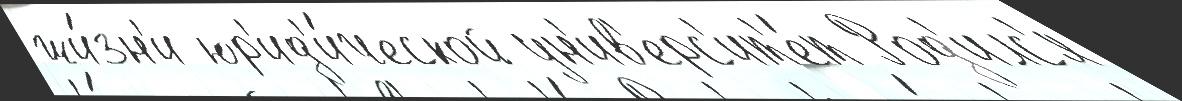
жи́зн'и юр'ид'и́ческой ун'ив'ерс'ит'е́т Род'илс'я